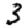
Digit: 3